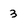
Character: 3